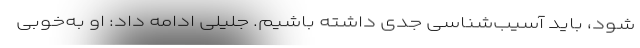
شود، باید آسیب‌شناسی جدّی داشته باشیم. جلیلی ادامه داد: او به‌خوبی